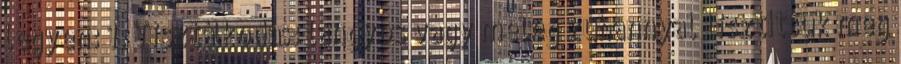
legyen: 1. Tisztálkodás: langyos vagy meleg zuhannyal tisztítsuk meg